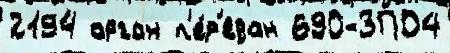
2194 орган п'е́р'едан 690-ЗПО4